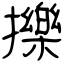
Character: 擽